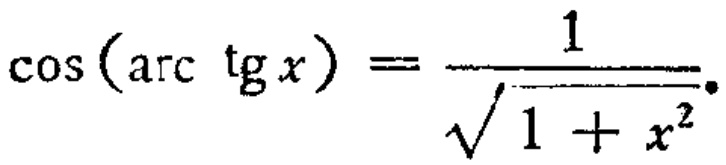
\(\cos(\arctan x)=\frac{1}{\sqrt{1 + x^{2}}}\)